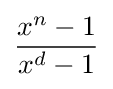
{x^{n}-1 \over x^{d}-1}